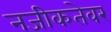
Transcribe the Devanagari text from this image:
नजीकतेवर